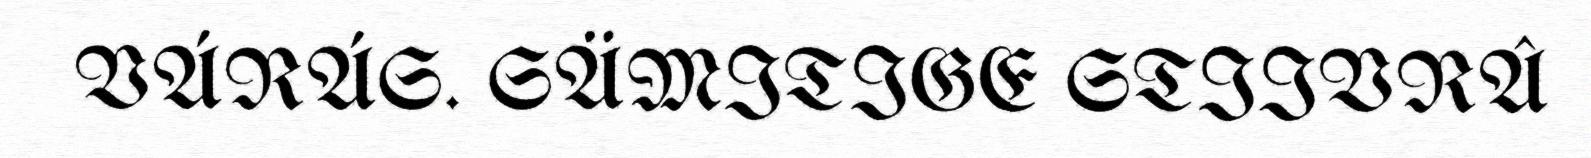
VÁRÁS. SÄMITIGE STIIVRÂ